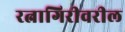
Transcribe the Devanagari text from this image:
रत्नागिरीवरील